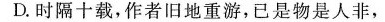
D.时隔十载，作者旧地重游，已是物是人非，